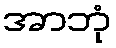
အာဘုံ